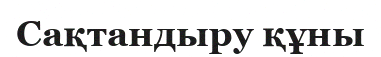
Сақтандыру құны